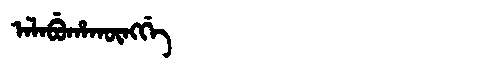
Manchu: ᠠᠯᠠᠪᡠᡥᠠᡴᡡᠩᡤᡝ
Romanization: ALABUHAKŪNGGE